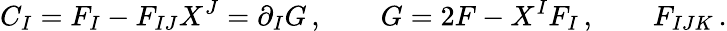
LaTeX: C_{I}=F_{I}-F_{IJ}X^{J}=\partial_{I}G\, ,\qquad G=2F-X^{I}F_{I}\, ,\qquad F_{IJK}\, .